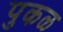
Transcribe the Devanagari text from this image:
पुकळ